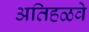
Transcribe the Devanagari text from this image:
अतिहळवे